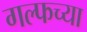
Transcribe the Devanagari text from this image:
गल्फच्या